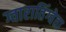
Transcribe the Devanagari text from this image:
ग्वारातिंग्वेता